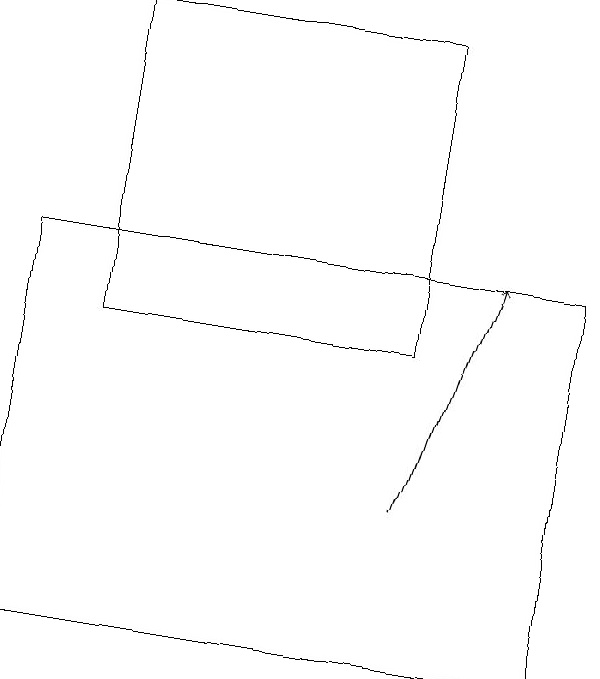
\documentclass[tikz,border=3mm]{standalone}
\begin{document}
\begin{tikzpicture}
\draw[->] (7,12) -- (8,15);
\draw (3,18) rectangle (7,14);
\draw (9,10) rectangle (2,15);
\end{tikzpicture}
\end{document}